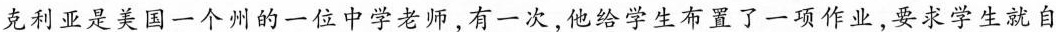
克利亚是美国一个州的一位中学老师，有一次，他给学生布置了一项作业，要求学生就自